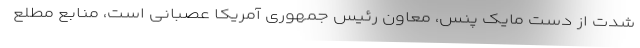
شدت از دست مایک پنس، معاون رئیس جمهوری آمریکا عصبانی است، منابع مطلع